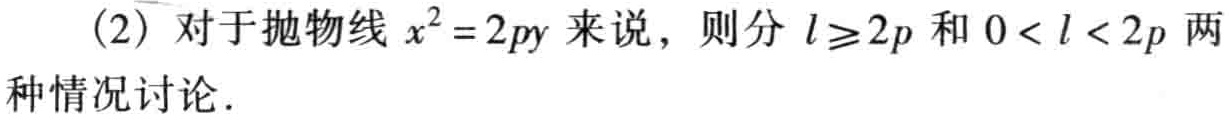
(2) 对于抛物线 \(x^{2}=2py\) 来说，则分 \(l\geq2p\) 和 \(0 < l < 2p\) 两种情况讨论.